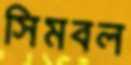
সিমবল